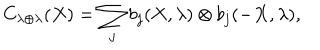
LaTeX: C _ { \lambda \oplus \lambda } ( X ) = \sum _ { j } b _ { j } ( X , \lambda ) \otimes b _ { j } ( - X , \lambda ) ,